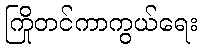
ကြိုတင်ကာကွယ်ရေး